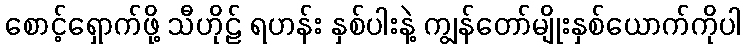
စောင့်ရှောက်ဖို့ သီဟိုဠ် ရဟန်း နှစ်ပါးနဲ့ ကျွန်တော်မျိုးနှစ်ယောက်ကိုပါ